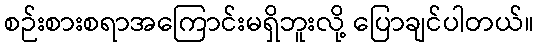
စဉ်းစားစရာအကြောင်းမရှိဘူးလို့ ပြောချင်ပါတယ်။